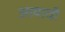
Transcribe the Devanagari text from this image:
आयाची